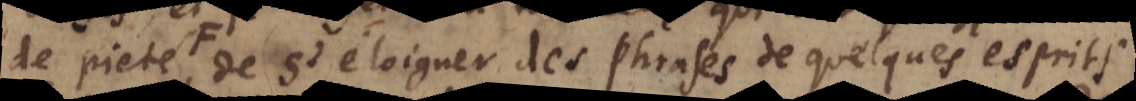
des choses, de s’éloigner des phrases de quelques esprits